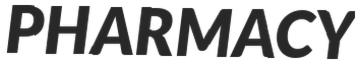
PHARMACY